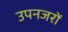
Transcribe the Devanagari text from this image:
उपनजरों